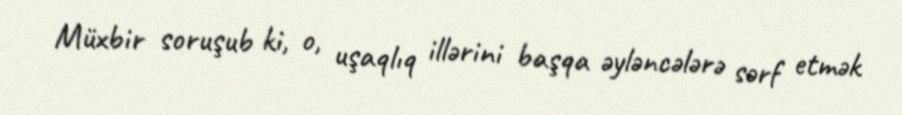
Müxbir soruşub ki, o, uşaqlıq illərini başqa əyləncələrə sərf etmək